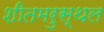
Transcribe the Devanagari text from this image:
शीतमरुस्थल